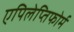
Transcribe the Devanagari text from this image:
एपिलेप्तिफोर्म